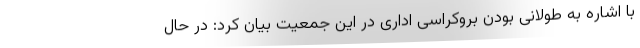
با اشاره به طولانی بودن بروکراسی اداری در این جمعیت بیان کرد: در حال